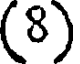
(8)